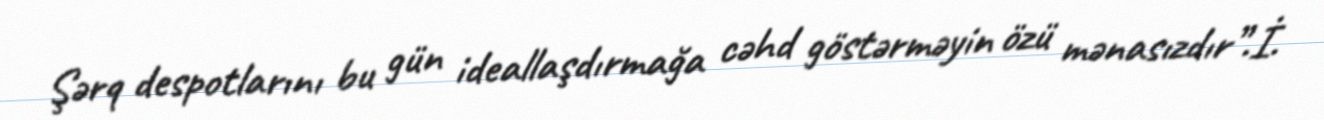
Şərq despotlarını bu gün ideallaşdırmağa cəhd göstərməyin özü mənasızdır”.İ.